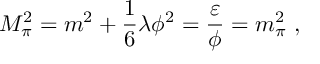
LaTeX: M _ { \pi } ^ { 2 } = m ^ { 2 } + \frac { 1 } { 6 } \lambda \phi ^ { 2 } = \frac { \varepsilon } { \phi } = m _ { \pi } ^ { 2 } ~ ,